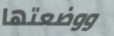
ووضعتها